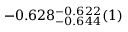
- 0 . 6 2 8 _ { - 0 . 6 4 4 } ^ { - 0 . 6 2 2 } ( 1 )